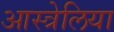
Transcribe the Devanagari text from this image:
आस्त्रेलिया